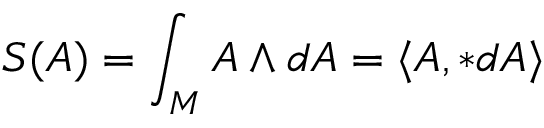
S ( A ) = \int _ { M } A \wedge d A = \langle A , * d A \rangle